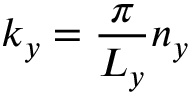
k _ { y } = \frac { \pi } { L _ { y } } n _ { y }